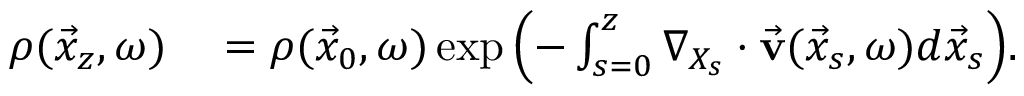
\begin{array} { r l } { \boldsymbol { \rho } ( \vec { x } _ { z } , \omega ) } & { { } = \boldsymbol { \rho } ( \vec { x } _ { 0 } , \omega ) \exp { \left( - \int _ { s = 0 } ^ { z } \nabla _ { X _ { s } } \cdot \vec { \bf v } ( \vec { x } _ { s } , \omega ) d \vec { x } _ { s } \right) } . } \end{array}